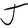
Character: J